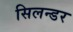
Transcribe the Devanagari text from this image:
सिलन्डर